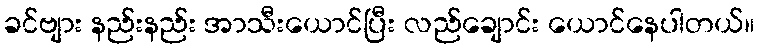
ခင်ဗျား နည်းနည်း အာသီးယောင်ပြီး လည်ချောင်း ယောင်နေပါတယ်။